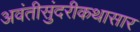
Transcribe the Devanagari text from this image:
अवंतीसुंदरीकथासार